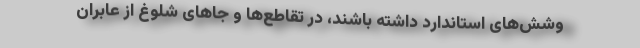
وشش‌های استاندارد داشته باشند، در تقاطع‌ها و جاهای شلوغ از عابران